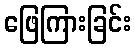
ဖြေကြားခြင်း